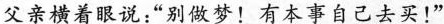
父亲横着眼说：”别做梦！有本事自己去买！”